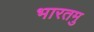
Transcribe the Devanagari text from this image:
भारतमु